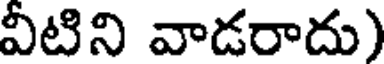
వీటిని వాడరాదు)